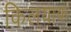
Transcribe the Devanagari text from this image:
किलयाक